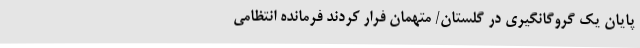
پایان یک گروگانگیری در گلستان/ متهمان فرار کردند فرمانده انتظامی